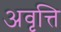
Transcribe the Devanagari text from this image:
अवृत्ति